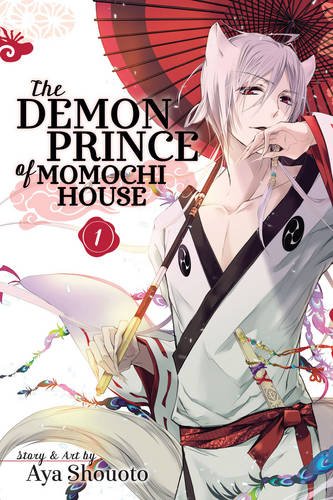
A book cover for The Demon Prince of Momochi House, Vol. 1; Aya Shouoto; Comics & Graphic Novels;